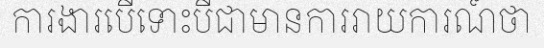
ការងារបើទោះបីជាមានការរាយការណ៍ថា